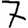
Digit: 7